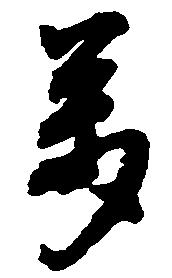
万